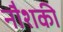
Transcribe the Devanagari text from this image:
नौशकी